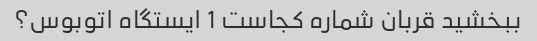
ببخشید قربان شماره کجاست 1 ایستگاه اتوبوس؟